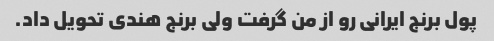
پول برنج ایرانی رو از من گرفت ولی برنج هندی تحویل داد.